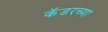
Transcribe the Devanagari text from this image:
कॅडरच्या